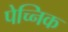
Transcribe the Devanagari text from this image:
पेच्निक